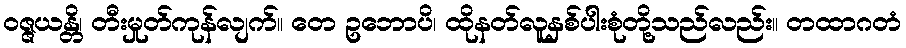
ဝဇ္ဇယန္တိ၊ တီးမှုတ်ကုန်လျက်။ တေ ဥဘောပိ၊ ထိုနတ်လူနှစ်ပါးစုံတို့သည်လည်း။ တထာဂတံ